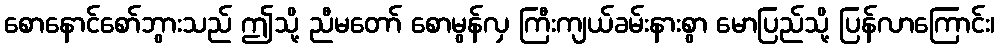
စောနောင်စော်ဘွားသည် ဤသို့ ညီမတော် စောမွန်လှ ကြီးကျယ်ခမ်းနားစွာ မောပြည်သို့ ပြန်လာကြောင်း၊